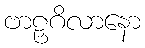
ဗာဠှဂိလာနော